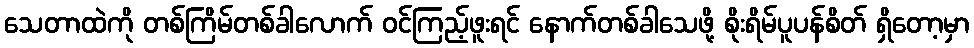
သေတာထဲကို တစ်ကြိမ်တစ်ခါလောက် ဝင်ကြည့်ဖူးရင် နောက်တစ်ခါသေဖို့ စိုးရိမ်ပူပန်စိတ် ရှိတော့မှာ